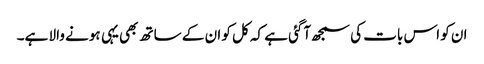
ان کو اس بات کی سمجھ آگئی ہے کہ کل کو ان کے ساتھ بھی یہی ہونے والا ہے۔